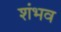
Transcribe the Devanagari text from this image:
शंभव